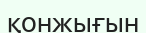
қонжығын